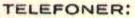
TELEFONER: